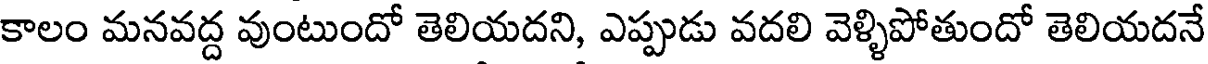
కాలం మనవద్ద వుంటుందో తెలియదని, ఎప్పుడు వదలి వెళ్ళిపోతుందో తెలియదనే